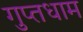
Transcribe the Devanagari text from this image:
गुप्तधाम